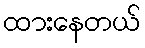
ထားနေတယ်